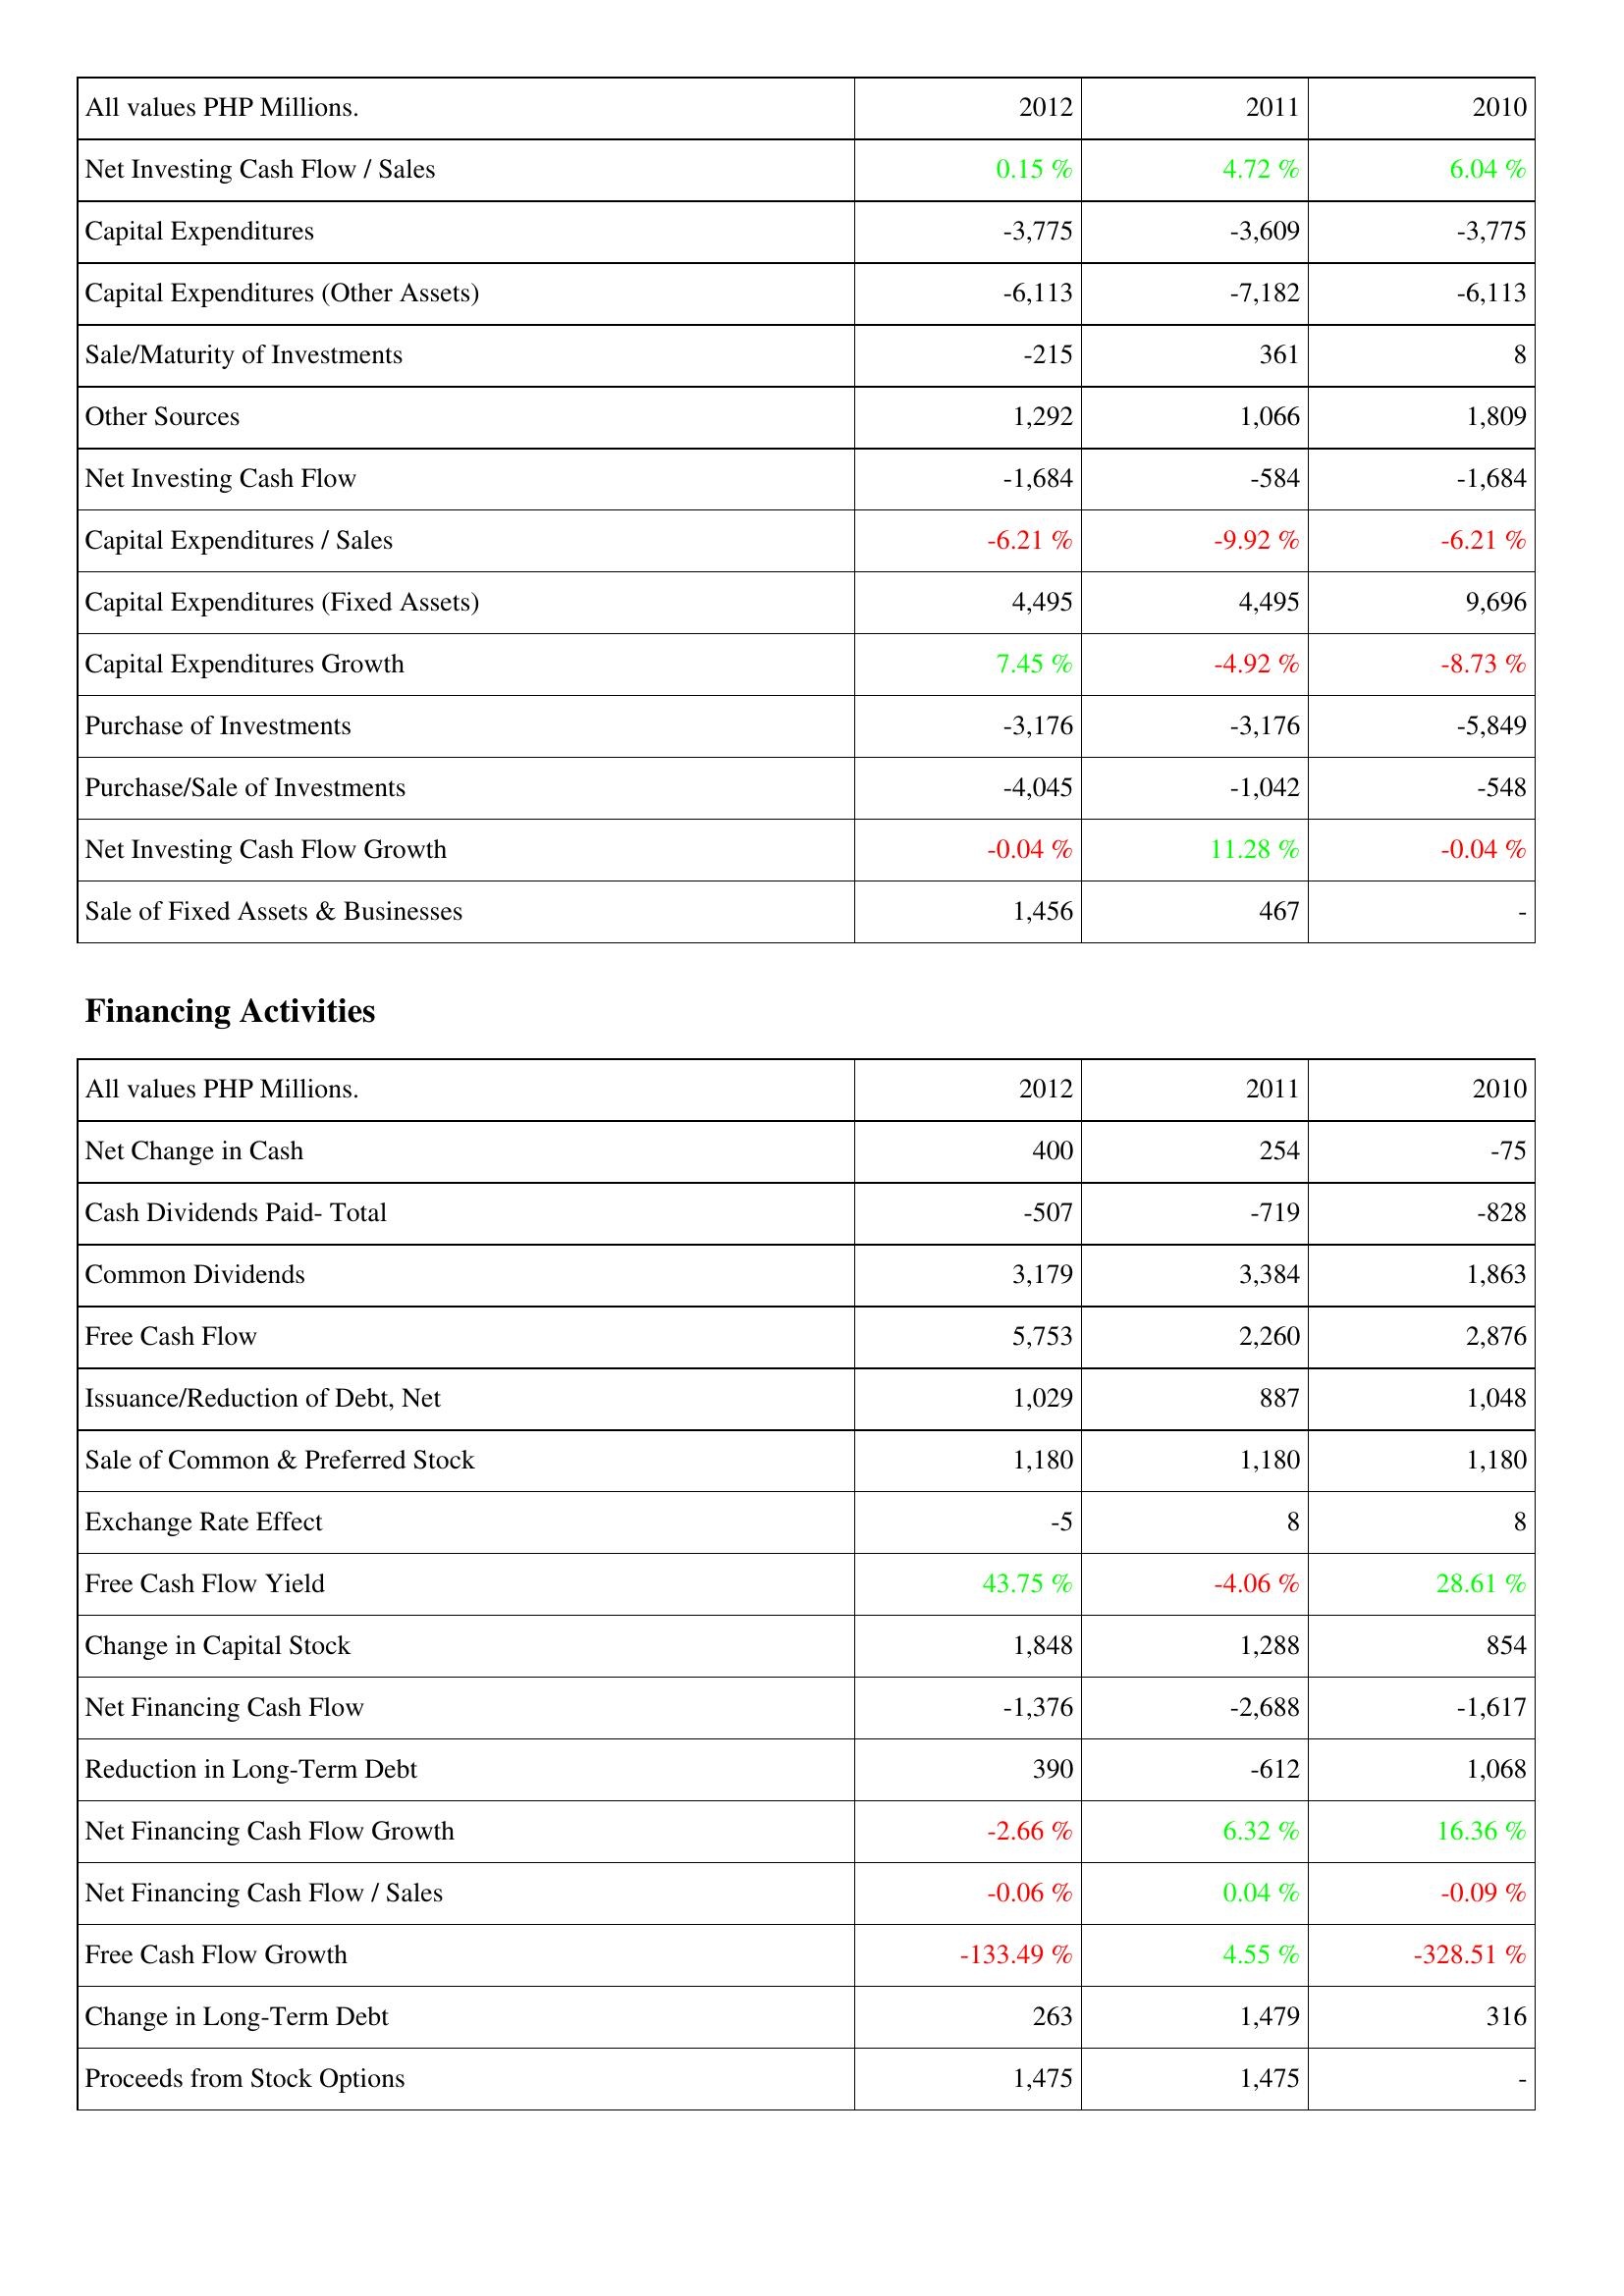
2012: Investing Activities: Net Investing Cash Flow / Sales: 0.15 %
Capital Expenditures: -3,775
Capital Expenditures (Other Assets): -6,113
Sale/Maturity of Investments: -215
Other Sources: 1,292
Net Investing Cash Flow: -1,684
Capital Expenditures / Sales: -6.21 %
Capital Expenditures (Fixed Assets): 4,495
Capital Expenditures Growth: 7.45 %
Purchase of Investments: -3,176
Purchase/Sale of Investments: -4,045
Net Investing Cash Flow Growth: -0.04 %
Sale of Fixed Assets & Businesses: 1,456
Financing Activities: Net Change in Cash: 400
Cash Dividends Paid- Total: -507
Common Dividends: 3,179
Free Cash Flow: 5,753
Issuance/Reduction of Debt, Net: 1,029
Sale of Common & Preferred Stock: 1,180
Exchange Rate Effect: -5
Free Cash Flow Yield: 43.75 %
Change in Capital Stock: 1,848
Net Financing Cash Flow: -1,376
Reduction in Long-Term Debt: 390
Net Financing Cash Flow Growth: -2.66 %
Net Financing Cash Flow / Sales: -0.06 %
Free Cash Flow Growth: -133.49 %
Change in Long-Term Debt: 263
Proceeds from Stock Options: 1,475
2011: Investing Activities: Net Investing Cash Flow / Sales: 4.72 %
Capital Expenditures: -3,609
Capital Expenditures (Other Assets): -7,182
Sale/Maturity of Investments: 361
Other Sources: 1,066
Net Investing Cash Flow: -584
Capital Expenditures / Sales: -9.92 %
Capital Expenditures (Fixed Assets): 4,495
Capital Expenditures Growth: -4.92 %
Purchase of Investments: -3,176
Purchase/Sale of Investments: -1,042
Net Investing Cash Flow Growth: 11.28 %
Sale of Fixed Assets & Businesses: 467
Financing Activities: Net Change in Cash: 254
Cash Dividends Paid- Total: -719
Common Dividends: 3,384
Free Cash Flow: 2,260
Issuance/Reduction of Debt, Net: 887
Sale of Common & Preferred Stock: 1,180
Exchange Rate Effect: 8
Free Cash Flow Yield: -4.06 %
Change in Capital Stock: 1,288
Net Financing Cash Flow: -2,688
Reduction in Long-Term Debt: -612
Net Financing Cash Flow Growth: 6.32 %
Net Financing Cash Flow / Sales: 0.04 %
Free Cash Flow Growth: 4.55 %
Change in Long-Term Debt: 1,479
Proceeds from Stock Options: 1,475
2010: Investing Activities: Net Investing Cash Flow / Sales: 6.04 %
Capital Expenditures: -3,775
Capital Expenditures (Other Assets): -6,113
Sale/Maturity of Investments: 8
Other Sources: 1,809
Net Investing Cash Flow: -1,684
Capital Expenditures / Sales: -6.21 %
Capital Expenditures (Fixed Assets): 9,696
Capital Expenditures Growth: -8.73 %
Purchase of Investments: -5,849
Purchase/Sale of Investments: -548
Net Investing Cash Flow Growth: -0.04 %
Sale of Fixed Assets & Businesses: -
Financing Activities: Net Change in Cash: -75
Cash Dividends Paid- Total: -828
Common Dividends: 1,863
Free Cash Flow: 2,876
Issuance/Reduction of Debt, Net: 1,048
Sale of Common & Preferred Stock: 1,180
Exchange Rate Effect: 8
Free Cash Flow Yield: 28.61 %
Change in Capital Stock: 854
Net Financing Cash Flow: -1,617
Reduction in Long-Term Debt: 1,068
Net Financing Cash Flow Growth: 16.36 %
Net Financing Cash Flow / Sales: -0.09 %
Free Cash Flow Growth: -328.51 %
Change in Long-Term Debt: 316
Proceeds from Stock Options: -